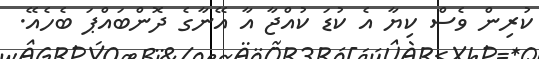
ކުރިން ވެސް ކިޔާ އެ ކުޑަ ކުއްޖާ އާ އޭނާގެ ދޮންބައްޕަ ބެހެއޭ.